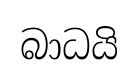
බාධයි